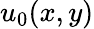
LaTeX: u_{0}(x,y)